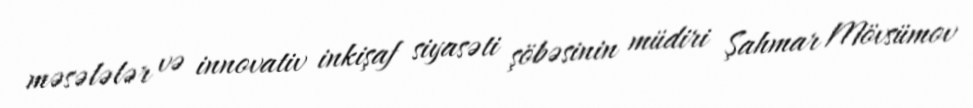
məsələlər və innovativ inkişaf siyasəti şöbəsinin müdiri Şahmar Mövsümov